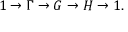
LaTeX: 1 \to \Gamma \to G \to H \to 1 .